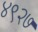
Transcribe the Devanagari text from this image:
४९२७